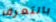
بالتعرف